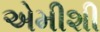
એમીશી